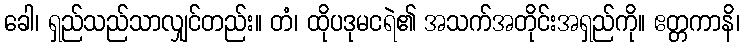
ခေါ၊ ရှည်သည်သာလျှင်တည်း။ တံ၊ ထိုပဒုမငရဲ၏ အသက်အတိုင်းအရှည်ကို။ ဧတ္တကာနိ၊